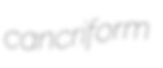
cancriform